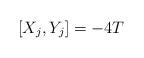
LaTeX: \begin{align*}[X_j,Y_j]=-4T\end{align*}